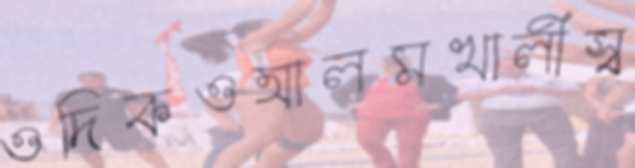
ওদিকওআলমখালীস্ব